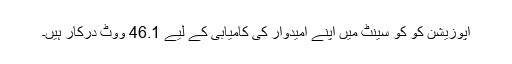
اپوزیشن کو کو سینٹ میں اپنے امیدوار کی کامیابی کے لیے 46.1 ووٹ درکار ہیں۔